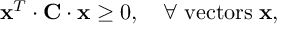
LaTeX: { \bf x } ^ { T } \cdot { \bf C } \cdot { \bf x } \geq 0 , \quad \forall \; \mathrm { v e c t o r s } \; { \bf x } ,